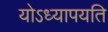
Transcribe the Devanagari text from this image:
योऽध्यापयति